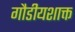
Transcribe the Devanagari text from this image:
गौडीयशाक्त